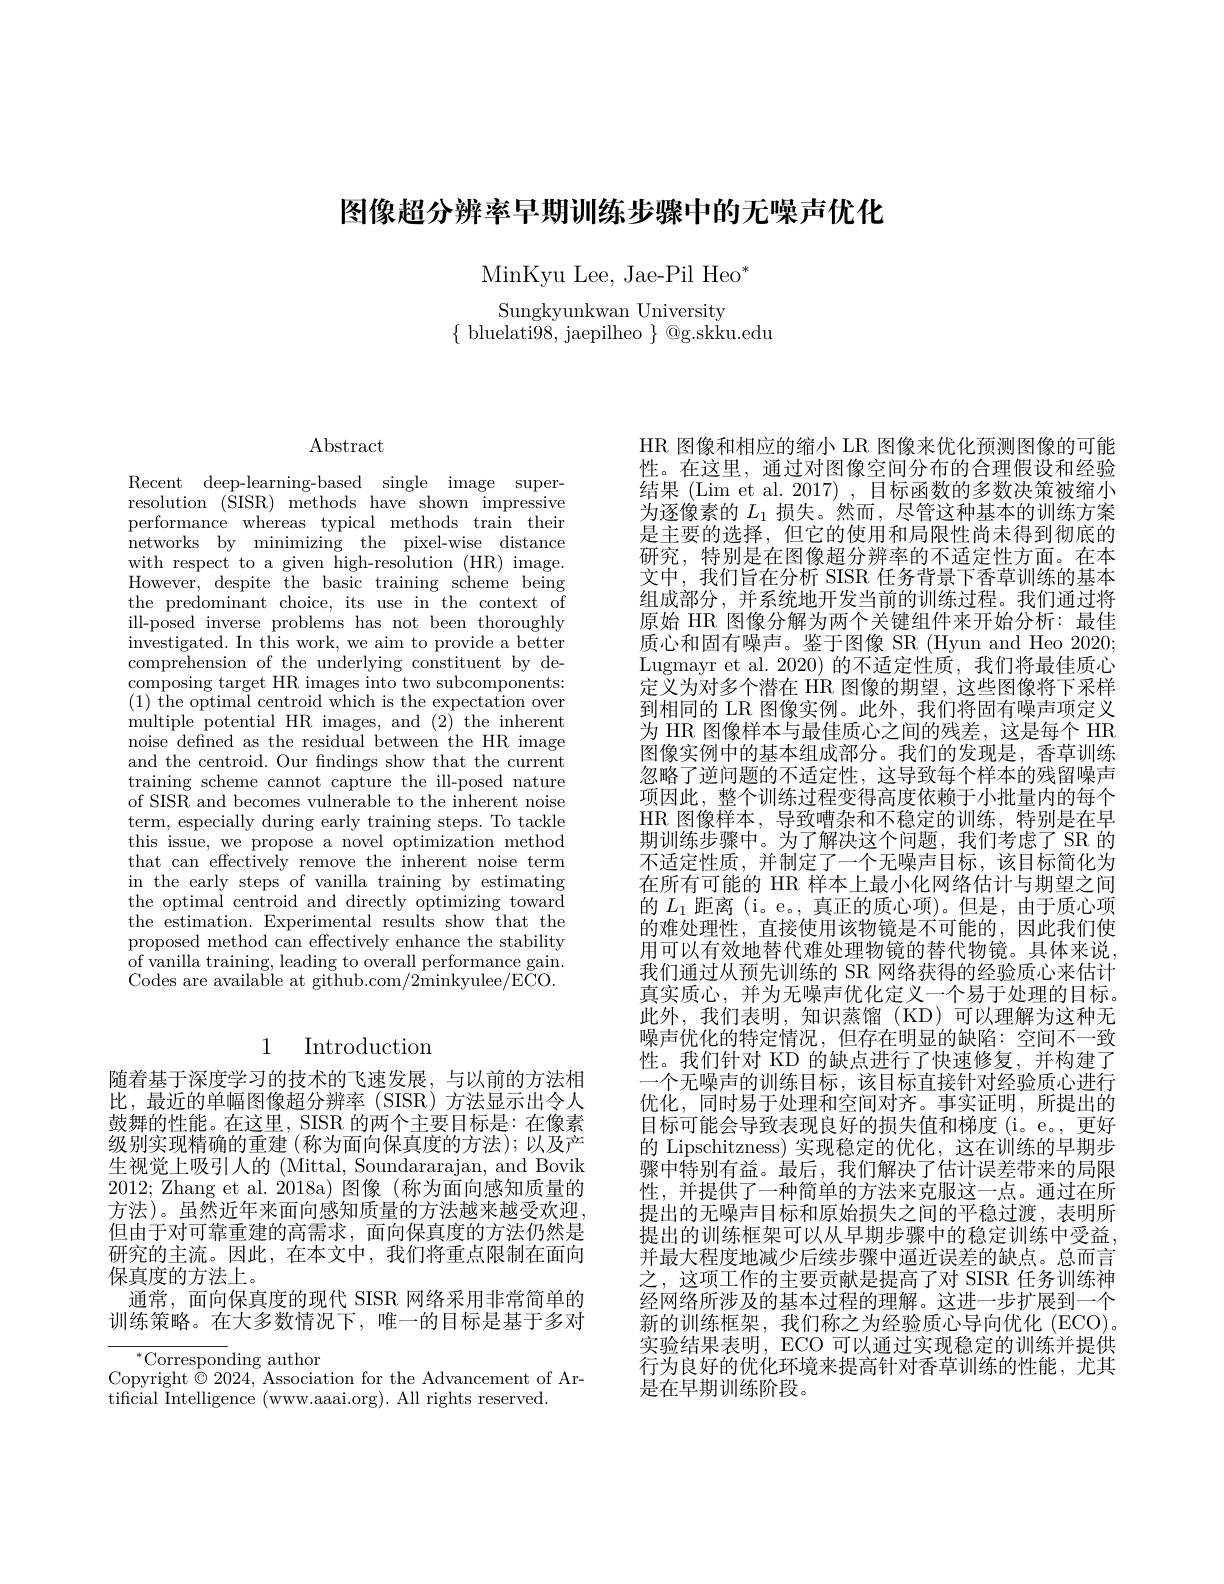
图像超分辨率早期训练步骤中的无噪声优化

$\mathrm{MinKyu~Lee,~Jae-Pil~Heo}^{*}$

Sungkyunkwan University
$\{{\mathrm{~bluelati98,~jaepilheo~}}\}{\mathrm{~@g.skku.edu}}$

$\operatorname{Abstract}$

Recent deep-learning-based single image superresolution ($\bar{\text{SISR)}}$methods have shown impressive performance whereas typical methods train their networks by minimizing the pixel-wise distance with respect to a given high-resolution (HR) image. However, despite the basic training scheme being the predominant choice, its use in the context of ill-posed inverse problems has not been thoroughly investigated. In this work, we aim to provide a better comprehension of the underlying constituent by decomposing target HR images into two subcomponents: $(1){\text{ the optimal centroid which is the expectation over}}$ multiple potential HR images, and (2) the inherent noise defined as the residual between the HR image and the centroid. Our fndings show that the current training scheme cannot capture the ill-posed nature of SISR and becomes vulnerable to the inherent noise term, especially during early training steps. To tackle this issue, we propose a novel optimization method that can effectively remove the inherent noise term in the early steps of vanilla training by estimating the optimal centroid and directly optimizing toward the estimation. Experimental results show that the proposed method can effectively enhance the stability of vanilla training, leading to overall performance gain. Codes are available at github.com/2minkyulee/ECO.

# 1 Introduction

随着基于深度学习的技术的飞速发展，与以前的方法相比，最近的单幅图像超分辨率(SISR)方法显示出令人鼓舞的性能。在这里，SISR 的两个主要目标是：在像素级别实现精确的重建 (称为面向保真度的方法); 以及产生视觉上吸引人的 (Mittal, Soundararajan, and Bovik 2012; Zhang et al. 2018a) 图像 (称为面向感知质量的方法)。虽然近年来面向感知质量的方法越来越受欢迎， 但由于对可靠重建的高需求，面向保真度的方法仍然是研究的主流。因此，在本文中，我们将重点限制在面向保真度的方法上。
通常，面向保真度的现代 SISR 网络采用非常简单的训练策略。在大多数情况下，唯一的目标是基于多对

$^{*}$Corresponding author
Copyright $\bar{\otimes}2024$, Association for the Advancement of Ar-
tificial Intelligence (www.aaai.org). All rights reserved.

HR 图像和相应的缩小 LR 图像来优化预测图像的可能性。在这里，通过对图像空间分布的合理假设和经验结果 (Lim et al. 2017) , 目标函数的多数决策被缩小为逐像素的$L_1$损失。然而，尽管这种基本的训练方案是主要的选择，但它的使用和局限性尚未得到彻底的研究，特别是在图像超分辨率的不适定性方面。在本文中，我们旨在分析 SISR 任务背景下香草训练的基本组成部分 , 并系统地开发当前的训练过程。我们通过将原始 HR 图像分解为两个关键组件来开始分析：最佳质心和固有噪声。鉴于图像 SR (Hyun and Heo 2020; Lugmayr et al. 2020) 的不适定性质，我们将最佳质心定义为对多个潜在 HR 图像的期望，这些图像将下采样到相同的 LR 图像实例。此外，我们将固有噪声项定义为 HR 图像样本与最佳质心之间的残差，这是每个 HR 图像实例中的基本组成部分。我们的发现是，香草训练忽略了逆问题的不适定性，这导致每个样本的残留噪声项因此，整个训练过程变得高度依赖于小批量内的每个HR 图像样本，导致嘈杂和不稳定的训练，特别是在早期训练步骤中。为了解决这个问题，我们考虑了 SR 的不适定性质，并制定了一个无噪声目标，该目标简化为在所有可能的 HR 样本上最小化网络估计与期望之间的$L_1$距离 (i。e。, 真正的质心项)。但是，由于质心项的难处理性，直接使用该物镜是不可能的，因此我们使用可以有效地替代难处理物镜的替代物镜。具体来说我们通过从预先训练的 SR 网络获得的经验质心来估计真实质心，并为无噪声优化定义一个易于处理的目标。此外，我们表明，知识蒸馏(KD)可以理解为这种无噪声优化的特定情况，但存在明显的缺陷：空间不一致性。我们针对 KD 的缺点进行了快速修复，并构建了一个无噪声的训练目标，该目标直接针对经验质心进行优化，同时易于处理和空间对齐。事实证明，所提出的目标可能会导致表现良好的损失值和梯度(i。e。, 更好的 Lipschitzness) 实现稳定的优化，这在训练的早期步$\bar{\text{骤中特别有益。最后，我们解决了估计误差带来的局限}}$ 性，并提供了一种简单的方法来克服这一点。通过在所提出的无噪声目标和原始损失之间的平稳过渡，表明所提出的训练框架可以从早期步骤中的稳定训练中受益， 并最大程度地减少后续步骤中逼近误差的缺点。总而言之，这项工作的主要贡献是提高了对 SISR 任务训练神经网络所涉及的基本过程的理解。这进一步扩展到一个新的训练框架，我们称之为经验质心导向优化(ECO)。实验结果表明，ECO 可以通过实现稳定的训练并提供行为良好的优化环境来提高针对香草训练的性能，尤其是在早期训练阶段。